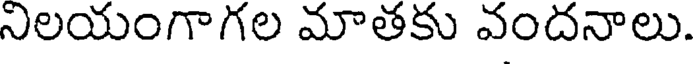
నిలయంగాగల మాతకు వందనాలు.